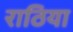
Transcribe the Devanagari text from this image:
राठिया